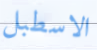
الاسطبل